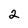
Character: 2